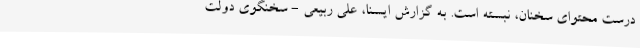
درست محتوای سخنان، نبسته است. به گزارش ایسنا، علی ربیعی - سخنگوی دولت